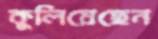
কুলিয়েছেন